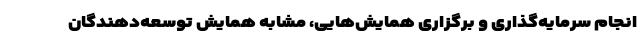
انجام سرمایه‌گذاری و برگزاری همایش‌هایی، مشابه همایش توسعه‌دهندگان